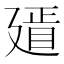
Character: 𢌫